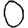
Digit: 0